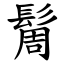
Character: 䯾